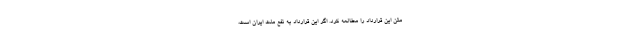
متن این قرارداد را مطالعه کرد. اگر این قرارداد به نفع ملت ایران است،